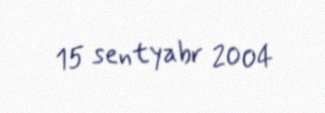
15 sentyabr 2004